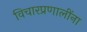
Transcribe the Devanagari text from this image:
विचारप्रणालींना